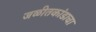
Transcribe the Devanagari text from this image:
जळीतकांडाचा